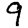
Digit: 9